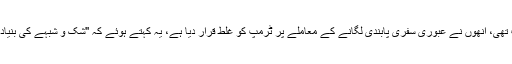
باور کیا جاتا ہے کہ چانسلر کی سابق صدر براک اوباما کے ساتھ مضبوط قربت تھی، اُنھوں نے عبوری سفری پابندی لگانے کے معاملے پر ٹرمپ کو غلط قرار دیا ہے، یہ کہتے ہوئے کہ ''شک و شبہے کی بنیاد پر کسی خاص طبقے یا مذہب کے افراد کا داخلہ بند کرنے کا کوئی جواز نہیں''۔